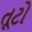
તૂટો